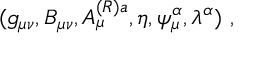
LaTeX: ( g _ { \mu \nu } , B _ { \mu \nu } , A _ { \mu } ^ { ( R ) a } , \eta , \psi _ { \mu } ^ { \alpha } , \lambda ^ { \alpha } ) \ ,